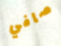
صافي